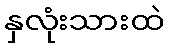
နှလုံးသားထဲ